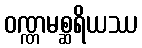
ဝဏ္ဏမစ္ဆရိယဿ